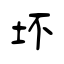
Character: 坏